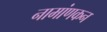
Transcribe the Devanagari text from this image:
नामांणकन